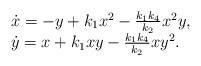
LaTeX: \begin{align*}\begin{array}{l} \dot{x} = -y+k_1 x^2- \frac{k_1k_4}{k_2}x^2y,\\\dot{y} = x+k_1 xy- \frac{k_1k_4}{k_2}xy^2.\end{array}\end{align*}